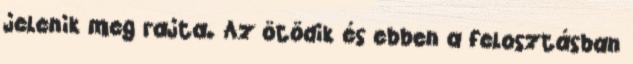
jelenik meg rajta. Az ötödik és ebben a felosztásban